Lunatic asylums Central Provinces reports 1874-1885 - 1874-1885
Year: 1874
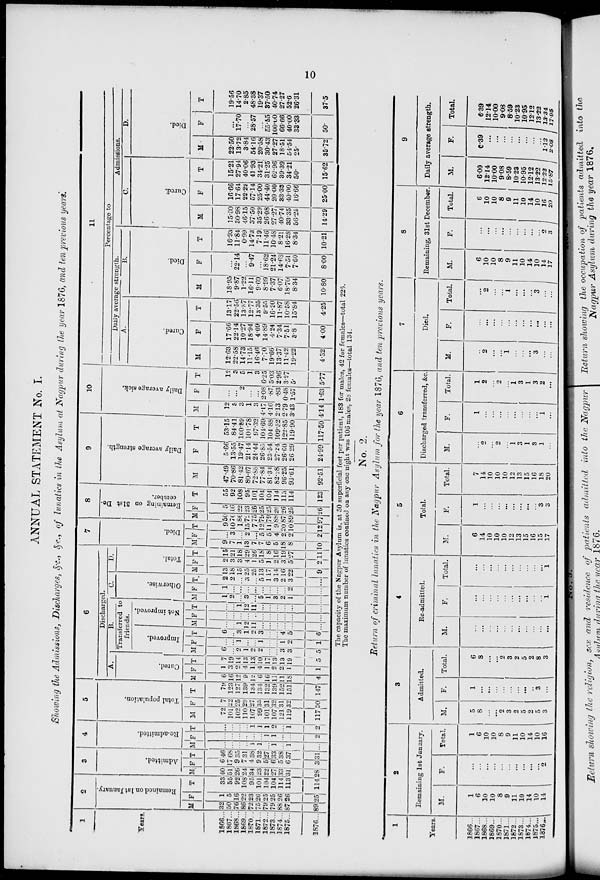
10
ANNUAL STATEMENT No. I.
Showing the Admissions, Discharges, &c., &c., of lunatics in the Asylum at Nagpur during the year 1876, and ten previous years.
1
Years.
1866 ...
1867 ...
1868 ...
1869 ...
1870 ...
1871 ...
1872 ...
1873 ...
1874 ...
1875 ...
1876 ...
2
Remained on 1st January.
M
32
50
76
86
72
75
79
79
88
87
89
F
1
5
16
22
23
26
25
25
26
26
25
T
33
55
92
108
95
101
104
104
114
113
114
3
Admitted.
M
40
51
26
24
34
23
22
27
33
31
28
F
6
17
9
7
4
9
5
6
5
6
3
T
46
68
35
31
38
32
27
33
38
37
31
4
Re-admitted.
M
...
...
...
...
1
1
...
1
...
1
...
F
...
...
...
...
...
...
1
1
...
...
2
T
...
...
...
...
1
1
1
2
...
1
2
5
Total population.
M
72
101
102
110
107
99
101
107
121
119
117
F
7
22
25
29
27
35
31
32
31
32
30
T
79
123
127
139
134
134
132
139
152
151
147
6
Discharged.
A.
Cured.
M
6
16
12
9
12
6
16
11
11
18
4
F
1
3
2
4
1
4
1
2
2
1
1
T
7
19
14
13
13
10
17
13
13
19
5
B.
Transferred to
friends.
Improved.
M
6
...
2
1
2
2
...
...
3
3
5
F
...
...
1
...
...
1
...
...
1
2
1
T
6
...
3
1
2
3
...
...
4
5
6
Not improved.
M
...
...
1
12
11
...
...
...
...
...
...
F
...
...
...
...
...
...
...
...
...
...
...
T
...
...
1
12
11
...
...
...
...
...
...
C.
Otherwise.
M
1
2
...
3
...
5
1
3
2
1
...
F
1
...
...
...
...
...
...
...
...
2
...
T
2
2
...
3
...
5
1
3
2
3
...
D.
Tot al .
M
13
18
15
25
25
13
17
14
16
22
9
F
2
3
3
4
1
5
1
2
3
5
2
T
15
21
18
29
26
18
18
16
19
27
11
7
Died.
M
9
7
1
13
7
7
6
5
18
8
10
F
...
3
...
2
...
5
5
4
2
2
2
T
9
10
1
15
7
12
11
9
20
10
12
8
Re ma i
ni ng on 31st De-
cember.
M
50
76
86
72
75
79
79
88
87
89
97
F
5
16
22
23
26
25
25
26
26
25
26
T
55
92
108
95
101
104
104
114
113
114
123
9
Daily average strength.
M
47.49
70.86
81.42
80.67
72.88
77.84
81.34
82.28
96.25
93.61
92.51
F
5.66
13.55
19.47
21.14
24.44
26.85
23.54
27.24
26.60
26.29
24.99
T
53.15
84.41
100.89
101.78
97.32
104.69
104.88
109.52
122.85
119.90
117.50
10
Daily average sick.
M
12
3
3
1
3
4.17
4.16
2.13
2.79
3.43
4.14
F
...
...
2
...
...
2.08
.87
.83
0.48
1.57
1.63
T
12
3
5
1
3
6.25
5.03
2.96
3.27
5.
5.77
11
Percentage to
Daily average strength.
A.
Cured.
M
12.63
22.58
14.73
11.15
16.46
7.70
19.66
13.37
11.42
19.22
4.32
F
17.66
22.14
10.27
18.94
4.09
14.89
4.24
7.34
7.51
3.8
4.00
T
13.17
22.56
13.87
12.77
13.35
9.55
16.20
11.87
10.58
15.84
4.25
B.
Died.
M
18.95
9.87
1.22
16.11
9.60
8.99
7.37
6.07
18.70
8.34
10.80
F
...
22.14
...
9.47
...
18.62
21.24
14.68
7.51
7.60
8.00
T
16.93
11.84
0.99
14.73
7.19
11.46
10.48
8.21
16.28
8.34
10.21
Admissions.
C.
Cured.
M
15.00
30.98
46.15
37.50
35.29
26.08
27.27
40.74
33.35
56.25
14.29
F
16.66
17.64
22.22
57.14
25.00
44.40
20.00
33.33
40.00
16.66
25.00
T
15.21
27.94
40.06
41.93
34.21
31.25
62.96
39.39
34.21
50.
15.62
D.
Died.
M
22.50
13.72
3.84
54.16
20.58
30.43
27.27
18.51
54.54
25.
35.72
F
...
17.70
...
28.57
...
55.55
100.00
66.66
40.00
33.33
50.
T
19.56
14.70
2.85
48.38
19.37
37.50
40.74
27.27
52.6
26.31
37.5
The capacity of the Nagpur Asylum is, at 50 superficial feet per patient, 183 for males, 42 for females—total 225.
The maximum number of lunatics confined on any one night was 106 males, 28 females—total 134.
No. 2.
Return of criminal lunatics in the Nagpur Asylum for the year 1876, and ten previous years.
1
Years.
1866 ...
1867 ...
1868 ...
1869 ...
1870 ...
1871 ...
1872 ...
1873 ...
1874 ...
1875 ...
1876 ...
2
Remaining 1st January.
M.
1
6
10
10
8
9
11
10
14
10
14
F.
...
...
...
...
...
...
...
...
...
...
2
Total.
1
6
10
10
8
9
11
10
14
10
16
3
Admitted.
M.
5
8
...
...
2
3
2
5
2
5
3
F.
1
...
...
...
...
...
...
...
..
3
...
Total.
6
8
...
...
2
3
2
5
2
8
3
4
Re-admitted.
M.
...
...
...
...
...
...
...
...
...
...
...
F.
...
...
...
...
...
...
...
...
...
...
1
Total.
...
...
...
...
...
...
...
...
...
...
1
5
Total.
M.
6
14
10
10
10
12
13
15
16
15
17
F.
1
...
...
...
...
...
...
...
...
3
3
Total.
7
14
10
10
10
12
13
15
16
18
20
6
Discharged transferred, &c.
M.
...
2
...
2
...
1
3
1
3
1
...
F.
1
...
...
...
...
...
...
...
...
1
...
Total.
1
2
...
2
...
1
3
1
3
2
...
7
Died.
M.
...
2
...
...
1
...
...
...
3
...
...
F.
...
...
...
...
...
...
...
...
...
...
...
Total.
...
2
...
...
1
...
...
...
3
...
...
8
Remaining, 31st December.
M.
6
10
10
8
9
11
10
14
10
14
17
F.
...
...
...
...
...
...
...
...
...
2
3
Total.
6
10
10
8
9
11
10
14
10
16
20
9
Daily average strength.
M.
6.00
12.14
10.00
9.08
8.59
10.23
10.95
12.12
13.22
12.22
15.87
F.
0.39
...
...
...
...
...
...
...
...
1.12
2.08
Total.
6.39
12.14
10.00
9.08
8.59
10.23
10.95
12.12
13.22
13.34
17.95